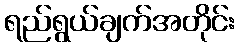
ရည်ရွယ်ချက်အတိုင်း